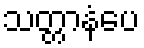
သတ္တာနံပေ